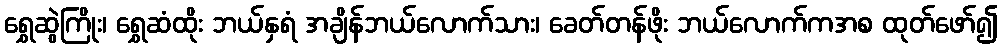
ရွှေဆွဲကြိုး၊ ရွှေဆံထိုး ဘယ်နှရံ အချိန်ဘယ်လောက်သား၊ ခေတ်တန်ဖိုး ဘယ်လောက်ကအစ ထုတ်ဖော်၍